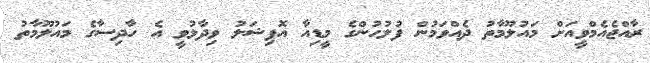
ރާއްޖެއެމްވީއަށް މައުލޫމާތު ދެއްވަމުން ފުލުހުންގެ މީޑިއާ އޮފިޝަލު ވިދާޅުވީ އެ ހާދިސާގެ މައުލޫމާތު